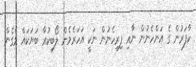
ކާފަރުން ގެ އަންހެނުން ނާއި ފިރިހެނުން ނަކީ އަހަރެމެން ލޯބިކުރާ ބަޔަކައް ވެގެން